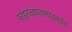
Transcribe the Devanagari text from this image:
प्राहुराख्यान्साद्वश्येन